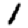
Digit: 1